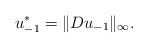
\begin{align*}u_{-1}^*=\|D u_{-1} \|_{\infty}.\end{align*}